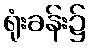
ရုံးခန်း၌